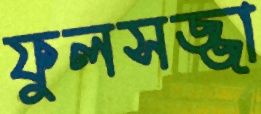
ফুলসজ্জা